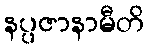
နပ္ပဇာနာမီတိ